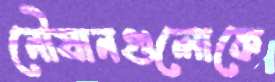
নৌযানগুলোকে